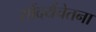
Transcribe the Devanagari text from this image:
सौंदर्यचेतना